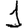
Digit: 1